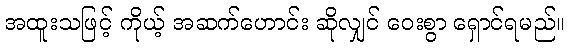
အထူးသဖြင့် ကိုယ့် အဆက်ဟောင်း ဆိုလျှင် ဝေးစွာ ရှောင်ရမည်။